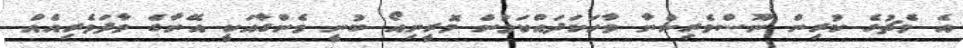
އެ މެޗުގެ ކުރިން ނޫސްވެރިންނާ ވާހަކަދައްކަމުން މޮރީނިއޯ ބުނީ ވެންގާއަކީ އޭނާގެ ވާދަވެރިއެއް